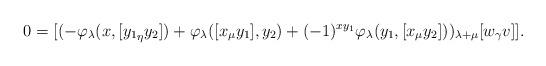
LaTeX: \begin{align*}0= [(-\varphi_{\lambda}(x, [{y_1}_\eta y_2])+ \varphi_\lambda([x_\mu y_1], y_2)+ (-1)^{xy_1}\varphi_\lambda(y_1, [ x_\mu y_2]))_{\lambda+ \mu}[w_\gamma v]].\end{align*}